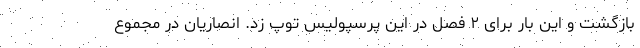
بازگشت و این بار برای ۲ فصل در این پرسپولیس توپ زد. انصاریان در مجموع